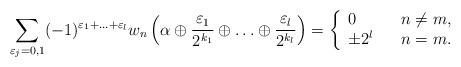
LaTeX: \begin{align*}\sum_{\varepsilon_j=0,1}(-1)^{\varepsilon_1+\ldots+\varepsilon_l}w_n\left(\alpha\oplus \frac{\varepsilon_1}{2^{k_1}}\oplus \ldots\oplus \frac{\varepsilon_l}{2^{k_l}}\right)=\left\{\begin{array}{lll}0&&n\neq m,\\\pm 2^l&& n=m.\end{array}\right.\end{align*}